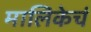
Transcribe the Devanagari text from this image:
मालिकेचं